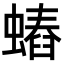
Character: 𧐍